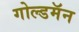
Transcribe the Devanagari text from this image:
गोल्डमॅन